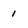
Character: I